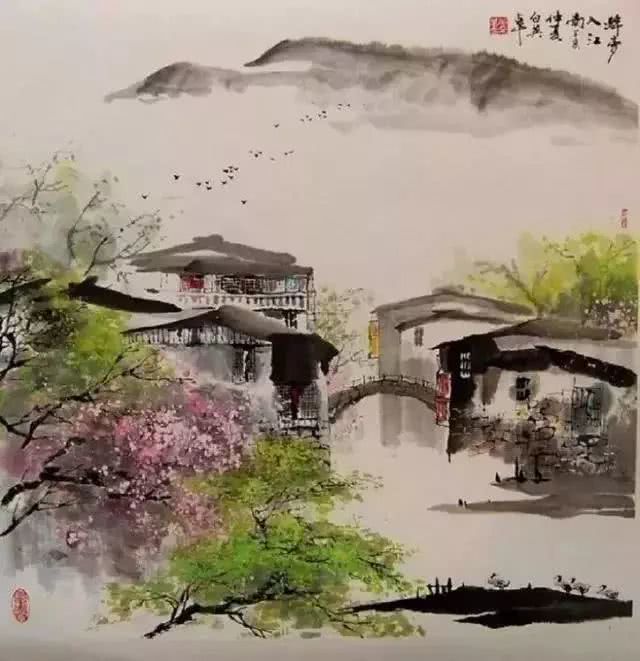
绿叶渐成阴，下有游人归路。